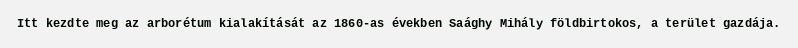
Itt kezdte meg az arborétum kialakítását az 1860-as években Saághy Mihály földbirtokos, a terület gazdája.